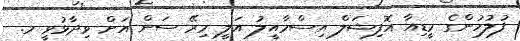
ފުލުހުންގެ މީޑިއާ އޮފިޝަލް އިސްމާއީލު އަލީ މިރޭ ސަން އަށް ވިދާޅުވީ މ.